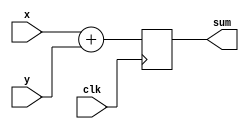
module add2_1(sum,x,y,clk);
  output reg sum;
  input x,y,clk;
  reg t1,t2;
  always @(posedge clk) begin
      sum <= x + y;
  end
endmodule